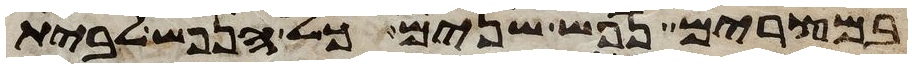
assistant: במצרים נפש שנים כל הנפש לבית